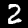
Label: 2